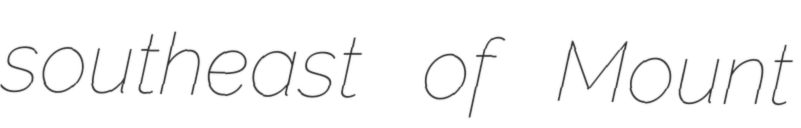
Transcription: southeast of Mount